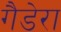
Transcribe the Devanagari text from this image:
गैडेरा